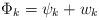
LaTeX: \begin{align*}\Phi_k=\psi_k + w_k\end{align*}